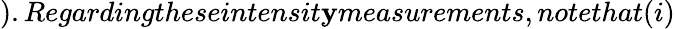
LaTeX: ).Regardingtheseintensit\mathbf{y}measurements,notethat(i)